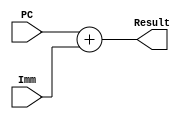
`timescale 1ns / 1ps
//////////////////////////////////////////////////////////////////////////////////
// Company: 
// Engineer: 
// 
// Design Name: 
// Module Name:    adder 
// Project Name: 
// Target Devices: 
// Tool versions: 
// Description: 
//
// Dependencies: 
//
// Revision: 
// Revision 0.01 - File Created
// Additional Comments: 
//
//////////////////////////////////////////////////////////////////////////////////
module adder(
	input  [31:0] PC,
	input  [31:0] Imm,
	output [31:0] Result
);

	assign Result = PC + Imm;

endmodule